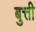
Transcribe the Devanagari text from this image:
बुत्ती